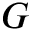
G